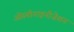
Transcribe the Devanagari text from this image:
ओस्पोनाइनीज़ेशन